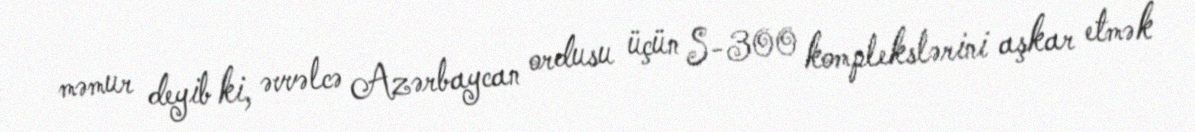
məmur deyib ki, əvvəlcə Azərbaycan ordusu üçün S-300 komplekslərini aşkar etmək